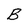
Character: B